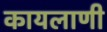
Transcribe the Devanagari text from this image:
कायलाणी